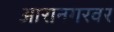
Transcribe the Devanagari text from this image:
आरानगरवर